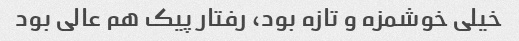
خیلی خوشمزه و تازه بود، رفتار پیک هم عالی بود